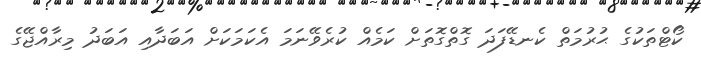
ކޯޓްތަކުގެ ޙުރުމަތް ކެނޑޭފަދަ ގޮތްގޮތަށް ކަމެއް ކުރެވޭނަމަ އެކަމަކަށް އަބަދާއި އަބަދު މިރާއްޖޭގެ